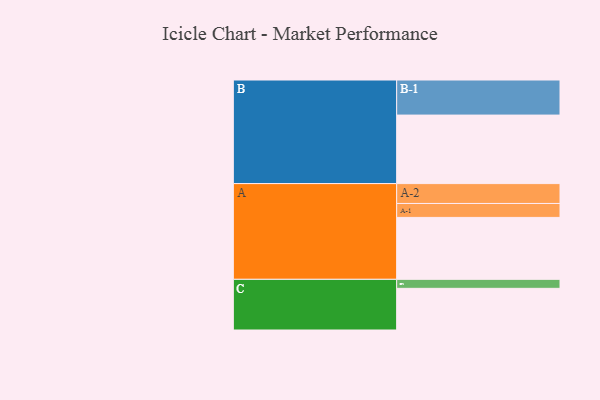
{"axis": {"x": "Segment", "y": "Value"}, "legend": ["", "A", "B", "C"], "data": [{"x": "A", "y": 489, "type": ""}, {"x": "B", "y": 541, "type": ""}, {"x": "C", "y": 329, "type": ""}, {"x": "A-1", "y": 110, "type": "A"}, {"x": "A-2", "y": 157, "type": "A"}, {"x": "B-1", "y": 277, "type": "B"}, {"x": "C-1", "y": 71, "type": "C"}]}